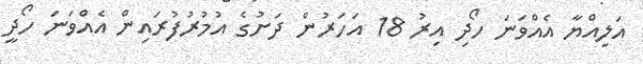
އަލިއްޔާ އެއްވަނަ ހޯދި އިރު 18 އަހަރުން ދަށުގެ އުމުރުފުރައިން އެއްވަނަ ހޯދީ